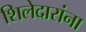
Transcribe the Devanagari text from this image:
शिलेदारांना